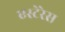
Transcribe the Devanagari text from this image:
एस्टेरेस